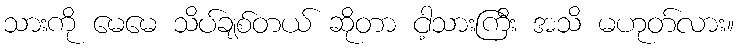
သားကို မေမေ သိပ်ချစ်တယ် ဆိုတာ ငါ့သားကြီး အသိ မဟုတ်လား။